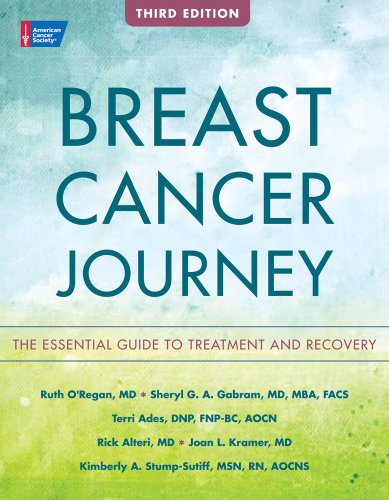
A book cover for Breast Cancer Journey: The Essential Guide to Treatment and Recovery; Health, Fitness & Dieting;